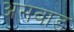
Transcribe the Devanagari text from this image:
असवाड